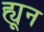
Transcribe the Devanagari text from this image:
ह्यून